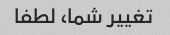
تغییر شما، لطفا